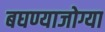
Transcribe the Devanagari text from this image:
बघण्याजोग्या